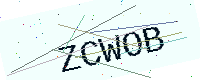
Text: ZCWOB